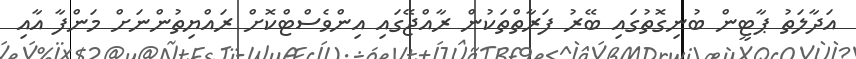
އަދާލަތު ޕާޓީން ބުނިގޮތުގައި ބޭރު ފަރާތްތަކުން ރާއްޖޭގައި އިންވެސްޓްކޮށް ރައްޔިތުންނަށް މަންފާ އާއި